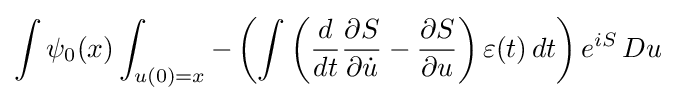
\int \psi _{0}(x)\int _{u(0)=x}-\left(\int \left({\frac {d}{dt}}{\frac {\partial S}{\partial {\dot {u}}}}-{\frac {\partial S}{\partial u}}\right)\varepsilon (t)\,dt\right)e^{iS}\,Du